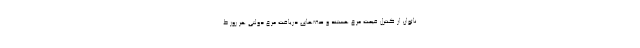
ناتوان از کنترل قیمت مرغ هستند و صف‌های دریافت مرغ دولتی هر روز ط